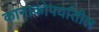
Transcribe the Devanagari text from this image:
कानाकोपर्यातील